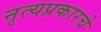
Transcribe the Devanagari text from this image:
नृत्यप्रकारचे